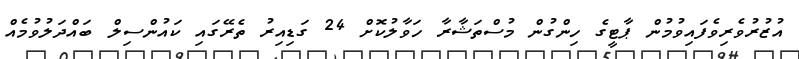
އުޒުރުވެރިވެފައިވުމުން ޕާޓީގެ ހިންގުން މުސްތަޝާރާ ހަވާލުކޮށް 24 ގަޑިއިރު ތެރޭގައި ކައުންސިލް ބައްދަލުވުމެއް